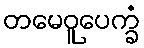
တမေဝူပေက္ခံ